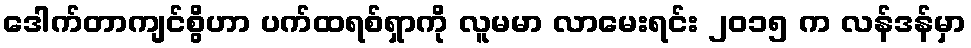
ဒေါက်တာကျင်စွိဟာ ပက်ထရစ်ရှာကို လူမမာ လာမေးရင်း ၂၀၁၅ က လန်ဒန်မှာ